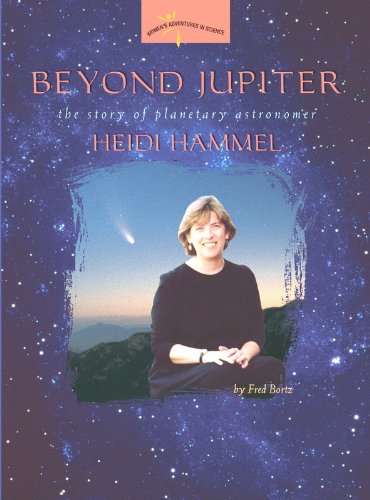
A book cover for Beyond Jupiter:: The Story of Planetary Astronomer Heidi Hammel (Women's Adventures in Science (Joseph Henry Press)); Fred Bortz; Children's Books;